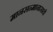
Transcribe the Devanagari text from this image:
मानसन्मानासाठी